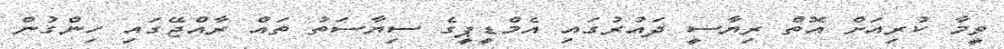
ވީމާ ކުރިއަށް އޮތް ރިޔާސީ ދައުރުގައި އެމްޑީޕީގެ ސިޔާސަތު ތައް ރާއްޖޭގައި ހިންގުން